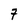
Character: 7